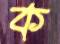
ক